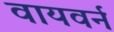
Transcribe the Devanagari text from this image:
वायवर्न